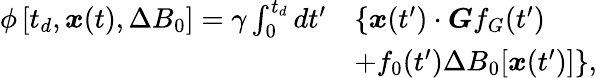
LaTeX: \begin{array}{rl}{\phi\left[t_{d},\boldsymbol{x}(t),\Delta B_{0}\right]=\gamma\int_{0}^{t_{d}}dt^{\prime}}&{\left\{ \boldsymbol{x}(t^{\prime})\cdot\boldsymbol{G}f_{G}(t^{\prime})\right.}\\ &{\left.+f_{0}(t^{\prime})\Delta B_{0}[\boldsymbol{x}(t^{\prime})]\right\} ,}\end{array}